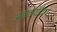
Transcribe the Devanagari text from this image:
आतातायीदैत्य